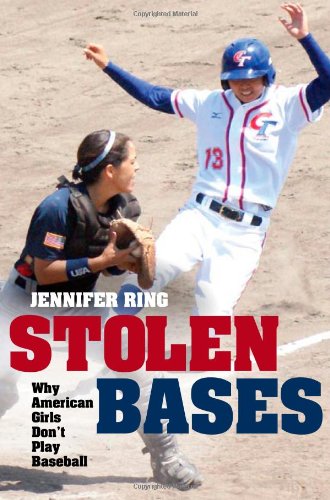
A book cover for Stolen Bases: Why American Girls Don't Play Baseball; Jennifer Ring; Sports & Outdoors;